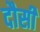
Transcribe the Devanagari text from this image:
दौसी